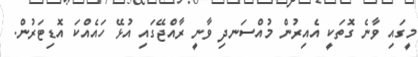
މީގައި ވާނެ ގޮތަކީ އެއިރުން މުއްސަނދި ވާނީ ރާއްޖޭގައި އުޅޭ ހައެއްކަ އޮޑިޓަރުން.